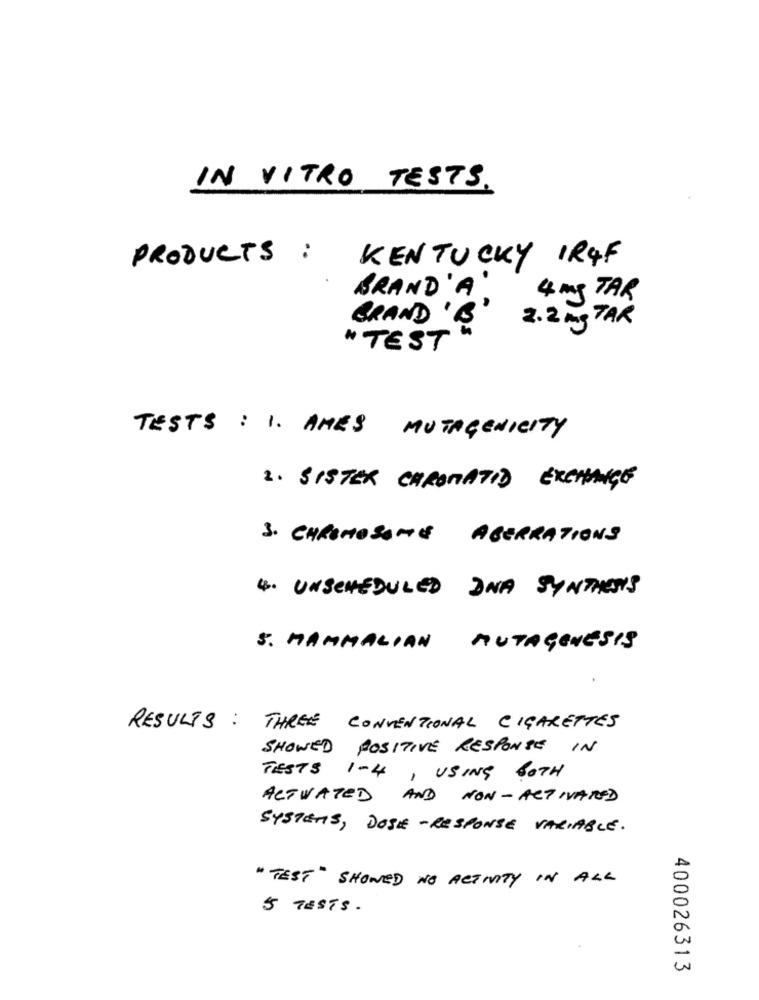
IN VITRO TESTS.
..
KENTUCKY IR4F
PRODUC
BRAND'A
4 mg TAR
2.2 mg TAR
GRAND 'B'
" TEST
TESTS : 1. AMES MUTAGENICITY
2. SISTER CHROMATID EXCHANGE
3. CHROMOSOME ABERRATIONS
4. UNSCHEDULED DNA SYNTHESIS
5. MAMMALIAN MUTAGENESIS
RESULTS : THREE CONVENTIONAL CIGARETTES
SHOWED POSITIVE RESPONSE IN
TESTS 1-4 , USING BOTH
ACTIVATED AND NON-ACTIVATED
SYSTEMS, DOSE-RESPONSE VARIABLE.
" TEST" SHOWED NO ACTIVITY IN ALL
5 TESTS.
400026313